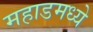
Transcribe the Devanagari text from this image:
महाडमध्ये